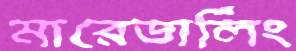
মারেডার্লিং